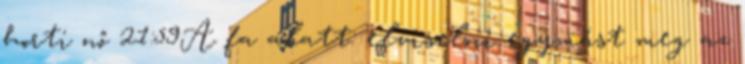
horti nő 21:59A fa alatt: elviselni egymást meg az